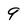
Character: 9